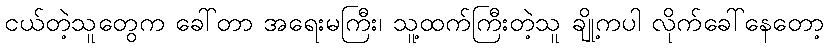
ငယ်တဲ့သူတွေက ခေါ်တာ အရေးမကြီး၊ သူ့ထက်ကြီးတဲ့သူ ချို့ကပါ လိုက်ခေါ်နေတော့